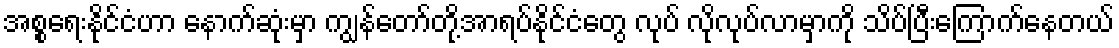
အစ္စရေးနိုင်ငံဟာ နောက်ဆုံးမှာ ကျွန်တော်တို့အာရပ်နိုင်ငံတွေ လုပ် လိုလုပ်လာမှာကို သိပ်ပြီးကြောက်နေတယ်